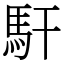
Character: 馯